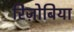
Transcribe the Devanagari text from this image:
रिज़ोबिया